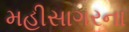
મહીસાગરના